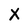
Character: X